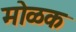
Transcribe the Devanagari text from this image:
मोळक